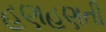
હણહણતી